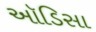
ઑડિસા